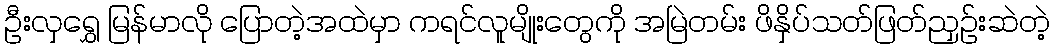
ဦးလှရွှေ မြန်မာလို ပြောတဲ့အထဲမှာ ကရင်လူမျိုးတွေကို အမြဲတမ်း ဖိနှိပ်သတ်ဖြတ်ညှဉ်းဆဲတဲ့